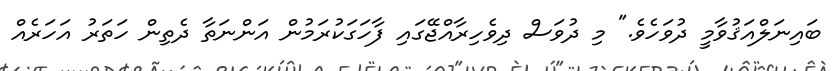
ބައިނަލްއަޤުވާމީ ދުވަހެވެ." މި ދުވަސް ދިވެހިރާއްޖޭގައި ފާހަގަކުރަމުން އަންނަތާ ދެތިން ހަތަރު އަހަރެއް